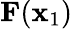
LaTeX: \mathbf{F}(\mathbf{x}_{\mathrm{1}})